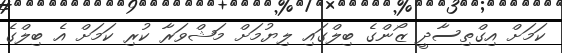
ކަމަށް އިގްތިސާދީ ޒޯންގެ ބިލްގައި ލިޔުމަށް މަޝްވަރާ ކުރި ކަމަށް އެ ބިލްގެ